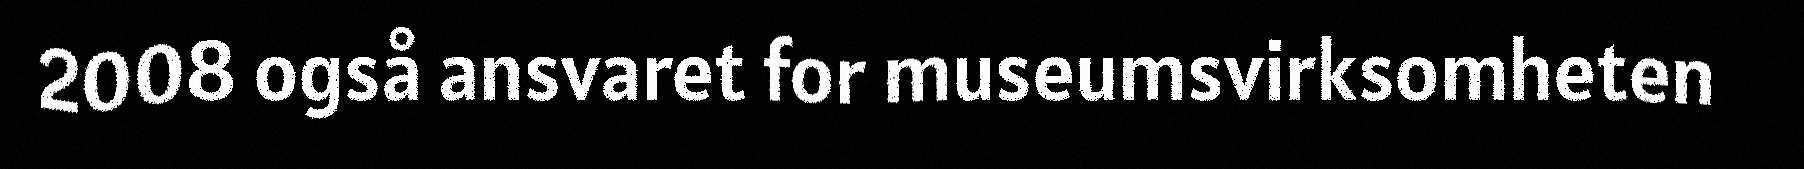
2008 også ansvaret for museumsvirksomheten